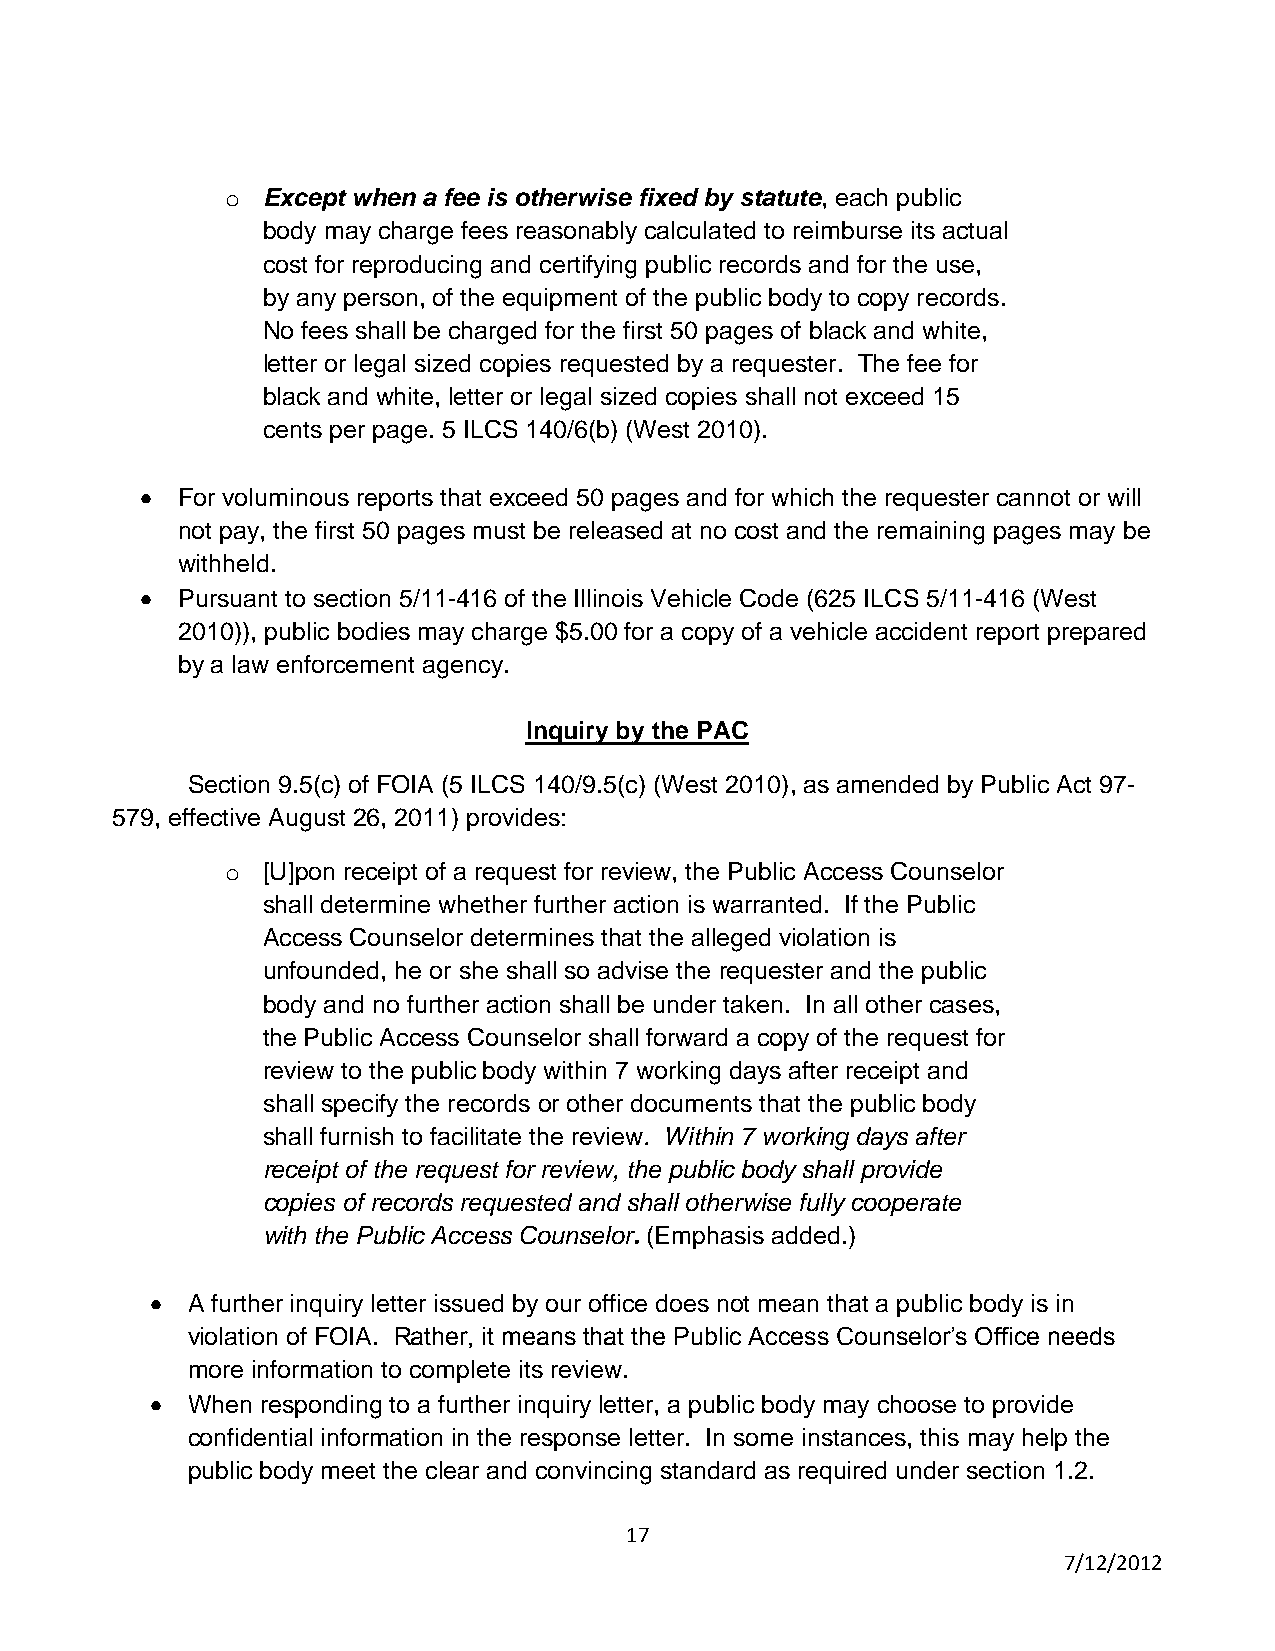
o Except when a fee is otherwise fixed by statute, each public
 body may charge fees reasonably calculated to reimburse its actual
 cost for reproducing and certifying public records and for the use,
 by any person, of the equipment of the public body to copy records.
 No fees shall be charged for the first 50 pages of black and white,
 letter or legal sized copies requested by a requester. The fee for
 black and white, letter or legal sized copies shall not exceed 15
 cents per page. 5 ILCS 140/6(b) (West 2010).
 For voluminous reports that exceed 50 pages and for which the requester cannot or will
 not pay, the first 50 pages must be released at no cost and the remaining pages may be
 withheld.
 Pursuant to section 5/11-416 of the Illinois Vehicle Code (625 ILCS 5/11-416 (West
 2010)), public bodies may charge $5.00 for a copy of a vehicle accident report prepared
 by a law enforcement agency.
 Inquiry by the PAC
 Section 9.5(c) of FOIA (5 ILCS 140/9.5(c) (West 2010), as amended by Public Act 97-
 579, effective August 26, 2011) provides:
 o [U]pon receipt of a request for review, the Public Access Counselor
 shall determine whether further action is warranted. If the Public
 Access Counselor determines that the alleged violation is
 unfounded, he or she shall so advise the requester and the public
 body and no further action shall be under taken. In all other cases,
 the Public Access Counselor shall forward a copy of the request for
 review to the public body within 7 working days after receipt and
 shall specify the records or other documents that the public body
 shall furnish to facilitate the review. Within 7 working days after
 receipt of the request for review, the public body shall provide
 copies of records requested and shall otherwise fully cooperate
 with the Public Access Counselor. (Emphasis added.)
 A further inquiry letter issued by our office does not mean that a public body is in
 violation of FOIA. Rather, it means that the Public Access Counselor’s Office needs
 more information to complete its review.
 When responding to a further inquiry letter, a public body may choose to provide
 confidential information in the response letter. In some instances, this may help the
 public body meet the clear and convincing standard as required under section 1.2.
 17
 7/12/2012